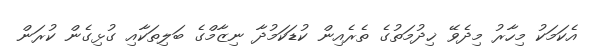
އެކަމަކު މިހާރު މިދެވޭ ޚިދުމަތުގެ ތެރެއިން ކުޑަކަމުދާ ނިޒާމްގެ ބަލިތަކާއި ގުޅިގެން ކުރަން